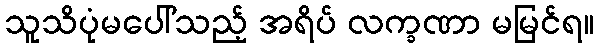
သူသိပုံမပေါ်သည့် အရိပ် လက္ခဏာ မမြင်ရ။